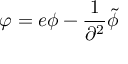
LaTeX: \varphi = e \phi - { \frac { 1 } { \partial ^ { 2 } } } \tilde { \phi }